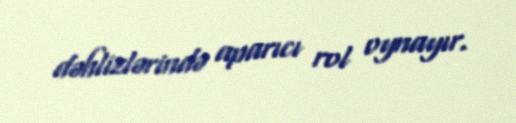
dəhlizlərində aparıcı rol oynayır.